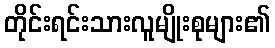
တိုင်းရင်းသားလူမျိုးစုများ၏